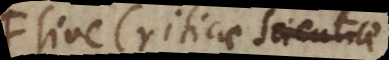
sive Criticae Scientiae